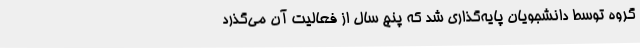
گروه توسط دانشجویان پایه‌گذاری شد که پنج سال از فعالیت آن می‌گذرد